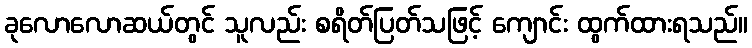
ခုလောလောဆယ်တွင် သူလည်း စရိတ်ပြတ်သဖြင့် ကျောင်း ထွက်ထားရသည်။